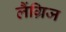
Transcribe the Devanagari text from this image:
लैंग्रिज